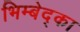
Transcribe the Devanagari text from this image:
भिम्बेद्का